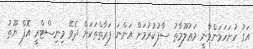
އަގު ހުށަހަޅަންވާނީ މަޢުލޫމާތު ސާފުކުރުމަށް އަންނަ ފަރާތްތަކަށް ދެވޭ މިނިސްޓްރީ އޮފް ޔޫތު